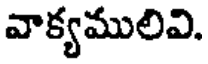
వాక్యములివి.